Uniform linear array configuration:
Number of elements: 16
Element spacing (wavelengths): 1
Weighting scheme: cosine
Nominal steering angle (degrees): -60
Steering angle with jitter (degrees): -60.261
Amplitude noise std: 0.05
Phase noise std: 0.05

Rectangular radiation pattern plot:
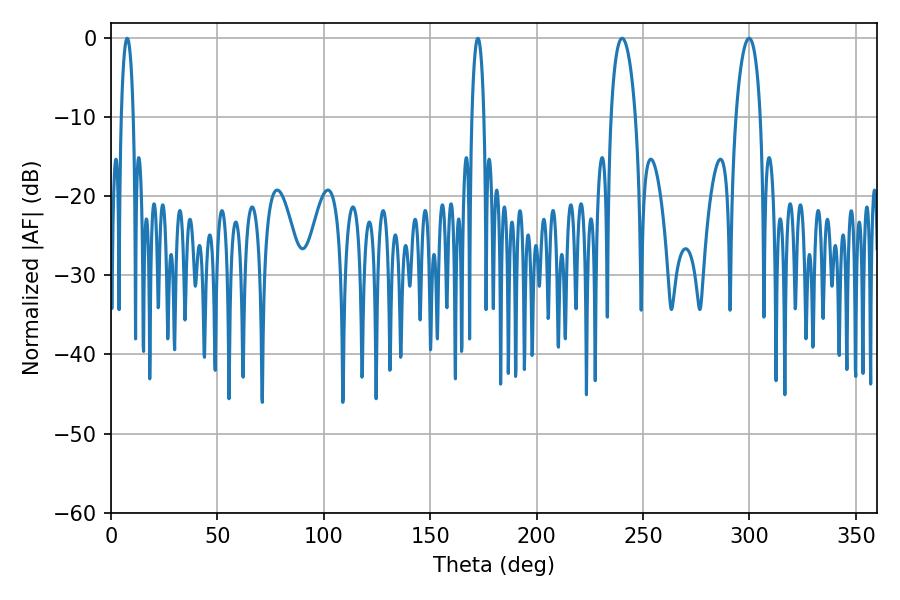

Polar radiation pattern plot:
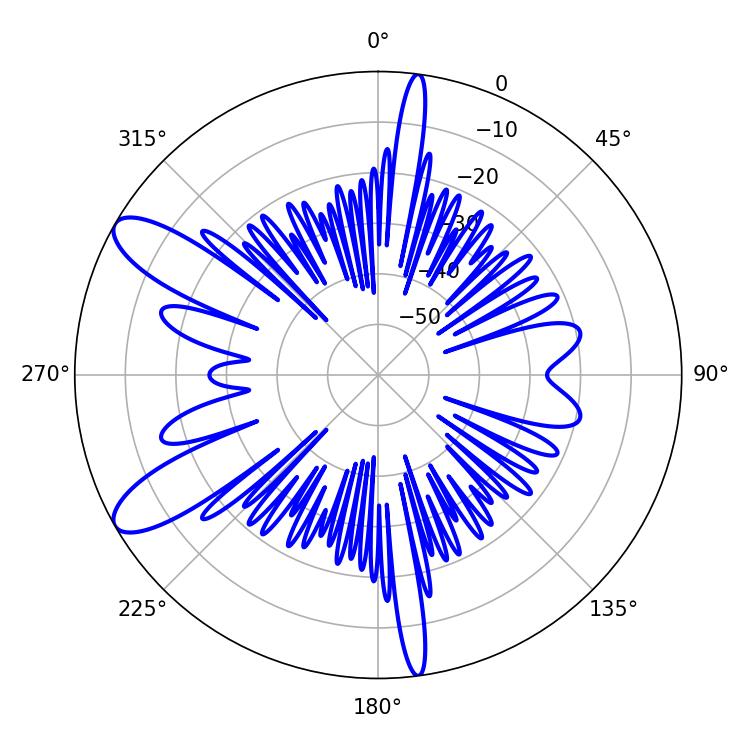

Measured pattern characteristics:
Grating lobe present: TRUE
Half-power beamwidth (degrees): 6.48
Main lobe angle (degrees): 240.12